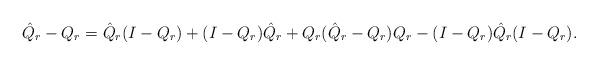
LaTeX: \begin{align*}\hat Q_r-Q_r=\hat Q_r(I-Q_r)+(I-Q_r)\hat Q_r+Q_r(\hat Q_r-Q_r)Q_r-(I-Q_r)\hat Q_r(I-Q_r).\end{align*}